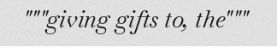
"""giving gifts to, the"""